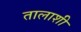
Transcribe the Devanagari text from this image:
तालाशी